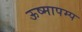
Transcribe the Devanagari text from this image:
ऊष्मापम्प